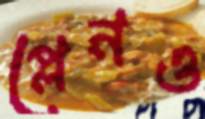
প্লেনও